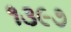
૧૩૯૭